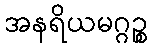
အနရိယမဂ္ဂဉ္စ